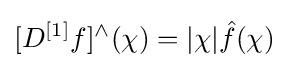
[D^{[1]}f]^{\wedge }(\chi )=|\chi |{\hat {f}}(\chi )